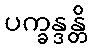
ပက္ခန္ဒန္တိ